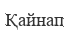
Қайнап